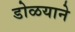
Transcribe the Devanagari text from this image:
डोळयाने